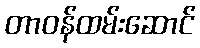
တာဝန်ထမ်းဆောင်